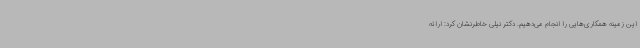
این زمینه همکاری‌هایی را انجام می‌دهیم. دکتر نیلی خاطرنشان کرد: ارائه